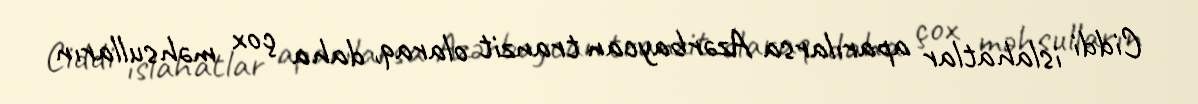
Ciddi islahatlar aparılarsa Azərbaycan tranzit olaraq, daha çox məhsulların